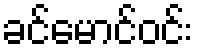
ခင်မောင်ဝင်း